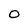
Character: O